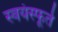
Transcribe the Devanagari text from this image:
स्वयंस्फूर्त